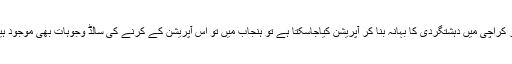
اگر کراچی میں دہشتگردی کا بہانہ بنا کر آپریشن کیاجاسکتا ہے تو ہنجاب میں تو اس آپریشن کے کرنے کی سالڈ وجوہات بھی موجود ہیں!